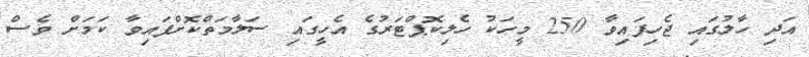
އަދި ހާލުގައި ޖެހިފައިވާ 250 މީހަކު ހެލިކޮޕްޓަރުގެ އެހީގައި ސަލާމަތްކޮށްފައިވާ ކަމަށް ވެސް